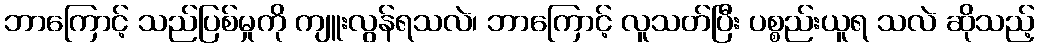
ဘာကြောင့် သည်ပြစ်မှုကို ကျူးလွန်ရသလဲ၊ ဘာကြောင့် လူသတ်ပြီး ပစ္စည်းယူရ သလဲ ဆိုသည့်